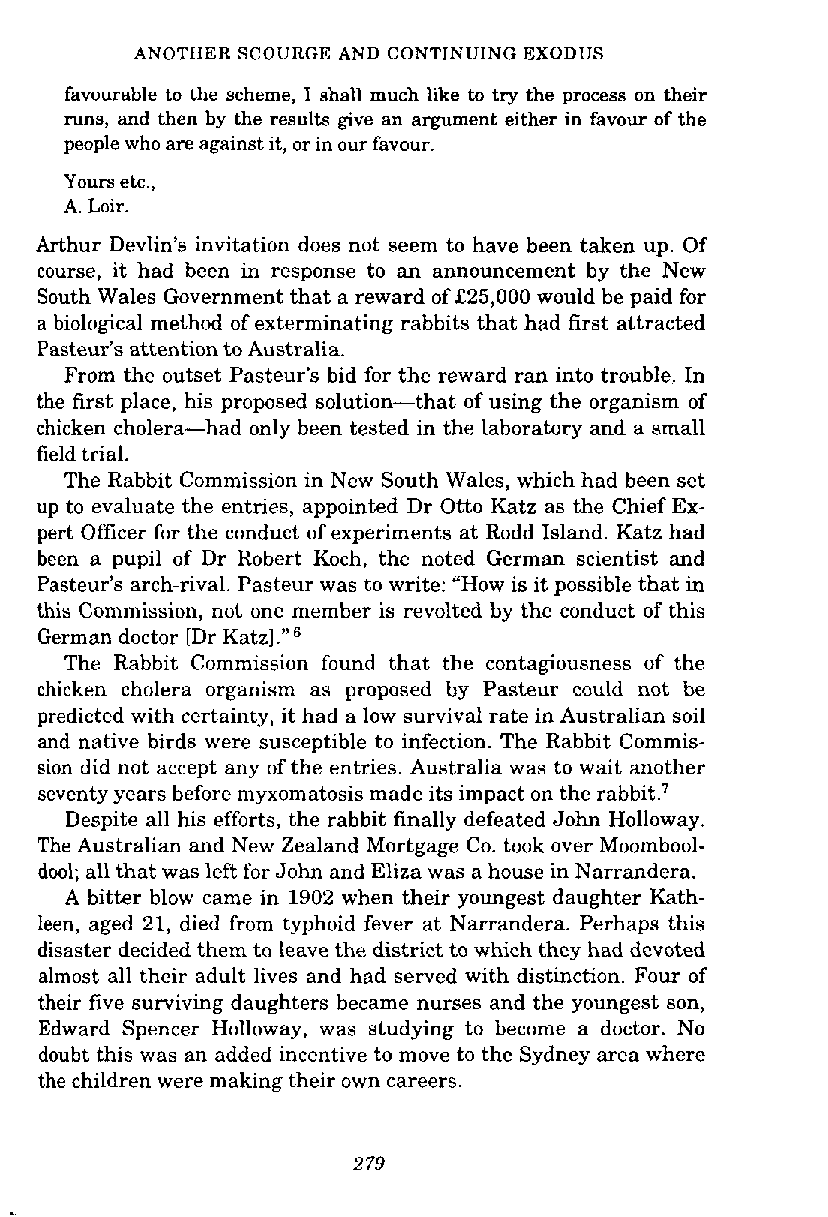
ANOTHER SCOURGE AND CONTINUING EXODUS
 favourable to the scheme, I shall much like to try the process on their
 runs, and then by the results give an argument either in favour of the
 people who are against it, or in our favour.
 Yours etc.,
 A. Loir.
 Arthur Devlin's invitation does not seem to have been taken up. Of
 course, it had been in response to an announcement by the New
 South Wales Government that a reward of £25,000 would be paid for
 a biological method of exterminating rabbits that had first attracted
 Pasteur's attention to Australia.
 From the outset Pasteur's bid for the reward ran into trouble. In
 the first place, his proposed solution-that of using the organism of
 chicken cholera-had only been tested in the laboratory and a small
 field trial.
 The Rabbit Commission in New South Wales, which had been set
 up to evaluate the entries, appointed Dr Otto Katz as the Chief Ex-
 pert Officer for the conduct of experiments at Rodd Island. Katz had
 been a pupil of Dr Robert Koch, the noted German scientist and
 Pasteur's arch-rival. Pasteur was to write: "How is it possible that in
 this Commission, not one member is revolted by the conduct of this
 German doctor [Dr Katz] ."
 The Rabbit Commission found that the contagiousness of the
 chicken cholera organism as proposed by Pasteur could not be
 predicted with certainty, it had a low survival rate in Australian soil
 and native birds were susceptible to infection. The Rabbit Commis-
 sion did not accept any of the entries. Australia was to wait another
 seventy years before myxomatosis made its impact on the rabbit.?
 Despite all his efforts, the rabbit finally defeated John Holloway.
 The Australian and New Zealand Mortgage Co. took over Moombool-
 dool; all that was left for John and Eliza was a house in Narrandera.
 A bitter blow came in 1902 when their youngest daughter Kath-
 leen, aged 21, died from typhoid fever at Narrandera. Perhaps this
 disaster decided them to leave the district to which they had devoted
 almost all their adult lives and had sewed with distinction. Four of
 their five surviving daughters became nurses and the youngest son,
 Edward Spencer Holloway, was studying to become a doctor. No
 doubt this was an added incentive to move to the Sydney area where
 the children were making their own careers.